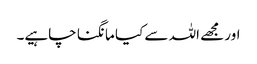
اور مجھے اللہ سے کیا مانگنا چاہیے۔